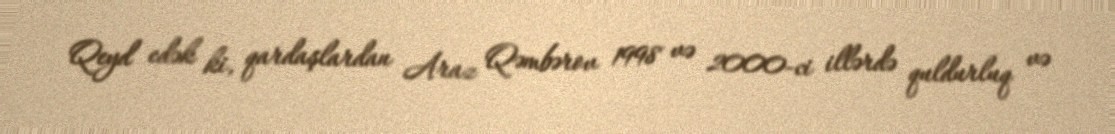
Qeyd edək ki, qardaşlardan Araz Qəmbərov 1998 və 2000-ci illərdə quldurluq və